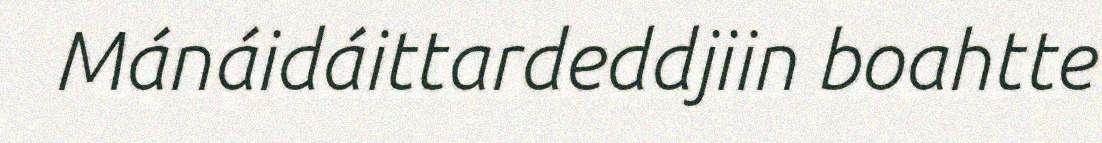
Mánáidáittardeddjiin boahtte